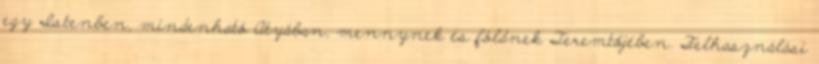
egy Istenben, mindenható Atyában, mennynek és földnek Teremtőjében. Felhasználási